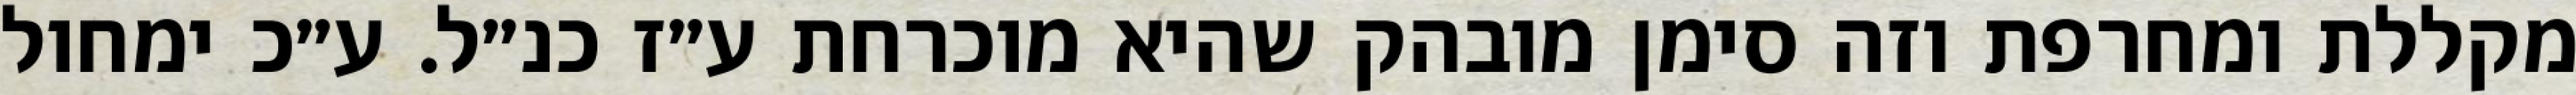
מקללת ומחרפת וזה סימן מובהק שהיא מוכרחת ע״ז כנ״ל. ע״כ ימחול